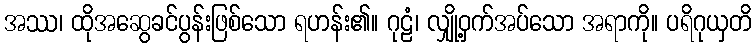
အဿ၊ ထိုအဆွေခင်ပွန်းဖြစ်သော ရဟန်း၏။ ဂုဠံ၊ လျှို့ဝှက်အပ်သော အရာကို။ ပရိဂုယှတိ